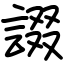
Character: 諁